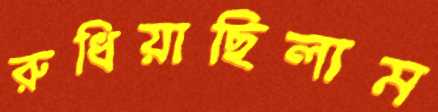
রুধিয়াছিলাম